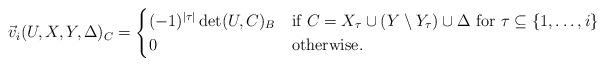
LaTeX: \begin{align*}\vec{v}_{i}(U,X,Y,\Delta)_{C} = \begin{cases} (-1)^{|\tau|}\det(U,C)_{B} & \mbox{if $C = X_{\tau} \cup (Y \setminus Y_{\tau}) \cup \Delta$ for $\tau \subseteq \{1, \ldots, i\}$} \\ 0 & \mbox{otherwise}. \end{cases}\end{align*}